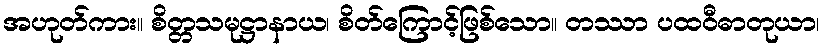
အဟုတ်ကား။ စိတ္တသမုဋ္ဌာနာယ၊ စိတ်ကြောင့်ဖြစ်သော။ တဿာ ပထဝီဓာတုယာ၊